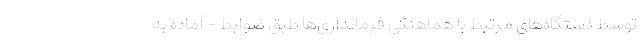
توسط دستگاه‌های مرتبط با هماهنگی فرمانداری‌ها طبق ضوابط - آماده به